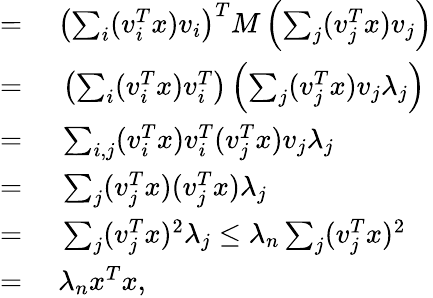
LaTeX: \begin{array}{rl}{={}}&{{}\left(\sum_{i}(v_{i}^{T}x)v_{i}\right)^{T}M\left(\sum_{j}(v_{j}^{T}x)v_{j}\right)}\\ {={}}&{{}\left(\sum_{i}(v_{i}^{T}x)v_{i}^{T}\right)\left(\sum_{j}(v_{j}^{T}x)v_{j}\lambda_{j}\right)}\\ {={}}&{{}\sum_{i,j}(v_{i}^{T}x)v_{i}^{T}(v_{j}^{T}x)v_{j}\lambda_{j}}\\ {={}}&{{}\sum_{j}(v_{j}^{T}x)(v_{j}^{T}x)\lambda_{j}}\\ {={}}&{{}\sum_{j}(v_{j}^{T}x)^{2}\lambda_{j}\leq\lambda_{n}\sum_{j}(v_{j}^{T}x)^{2}}\\ {={}}&{{}\lambda_{n}x^{T}x,}\end{array}